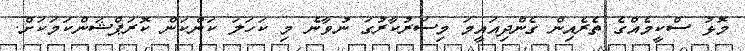
މޮޅު ސްކީމެއްގެ ތެރެއިން ގެންދިއައީމަ މިސަރުކާރުގަ ނުވާނެ މި ކަހަލަ ކަންކަން ކޮރަޕްޝަންކަމަކަށް.